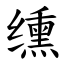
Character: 𫄸